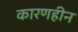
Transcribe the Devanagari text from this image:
कारणहीन